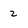
Character: 2